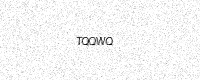
Text: TQQWQ